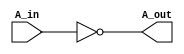
`timescale 1ns / 1ps
//////////////////////////////////////////////////////////////////////////////////
// Company: 
// Engineer: 
// 
// Design Name: 
// Module Name:    inv4 
// Project Name: 
// Target Devices: 
// Tool versions: 
// Description: 
//
// Dependencies: 
//
// Revision: 
// Revision 0.01 - File Created
// Additional Comments: 
//
//////////////////////////////////////////////////////////////////////////////////
module inv4(A_in, A_out);

input [3:0] A_in;
output [3:0] A_out;

assign A_out = ~A_in;

endmodule